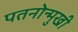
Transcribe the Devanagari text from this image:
पतनोन्मुखी